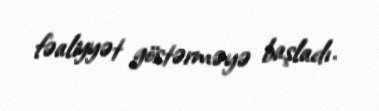
fəaliyyət göstərməyə başladı.